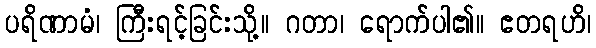
ပရိဏာမံ၊ ကြီးရင့်ခြင်းသို့။ ဂတာ၊ ရောက်ပါ၏။ ဧတရဟိ၊